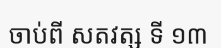
ចាប់ពី សតវត្ស ទី ១៣